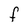
Character: F